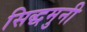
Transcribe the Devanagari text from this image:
सिद्धमुनी